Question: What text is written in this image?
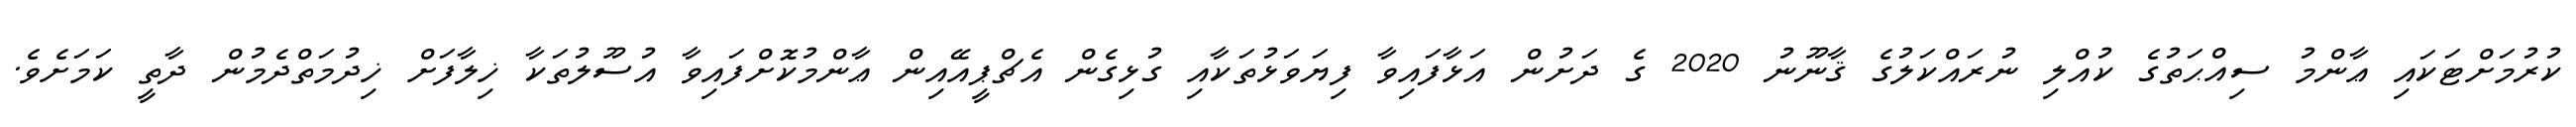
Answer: ކުރުމަށްޓަކައި ޢާންމު ސިއްޙަތުގެ ކުއްލި ނުރައްކަލުގެ ޤާނޫނު 2020 ގެ ދަށުން އަޅާފައިވާ ފިޔަވަޅުތަކާއި ގުޅިގެން އެޗްޕީއޭއިން ޢާންމުކޮށްފައިވާ އުސޫލުތަކާ ޚިލާފަށް ޚިދުމަތްދެމުން ދާތީ ކަމަށެވެ.